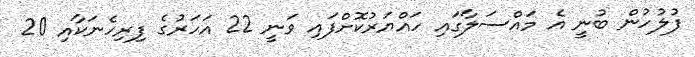
ފުލުހުން ބުނީ އެ މައްސަލާގައި ހައްޔަރުކޮށްފައި ވަނީ 22 އަހަރުގެ ފިރިހެނަކާއި 20